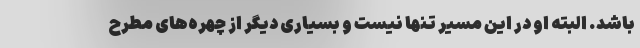
باشد. البته او در این مسیر تنها نیست و بسیاری دیگر از چهره‌های مطرح